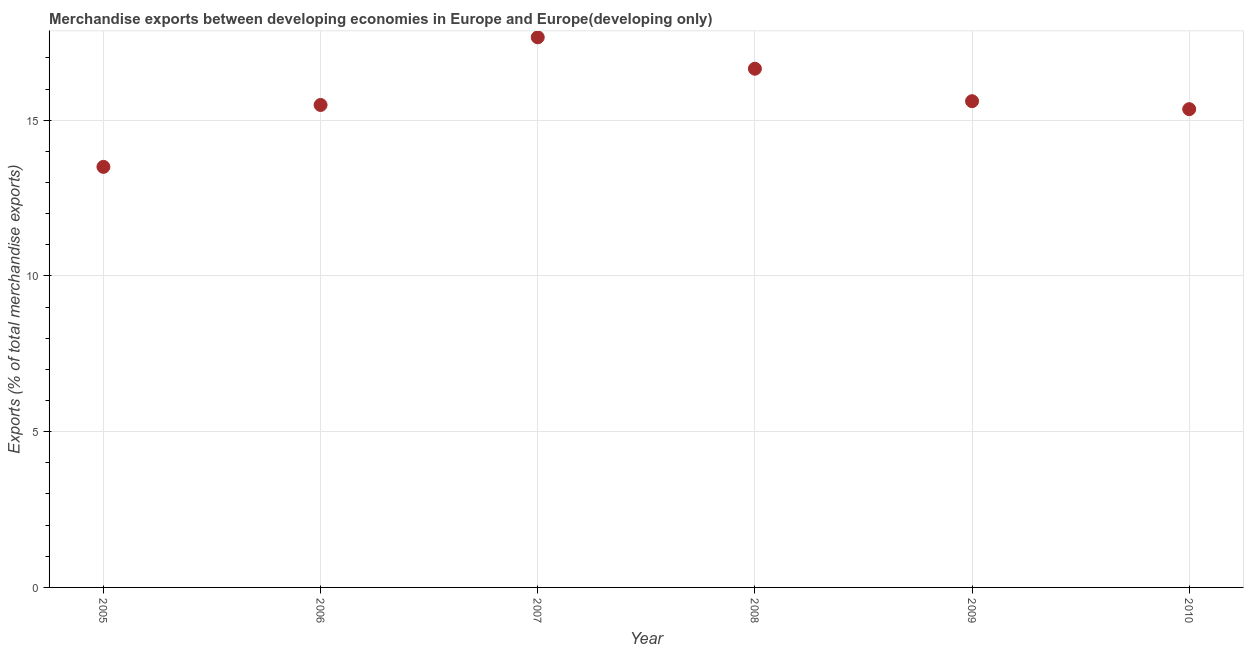
| Year | Merchandise Exports |
 | --- | --- |
 | 2005 | 13.5 |
 | 2006 | 15.5 |
 | 2007 | 17.7 |
 | 2008 | 16.7 |
 | 2009 | 15.6 |
 | 2010 | 15.4 |